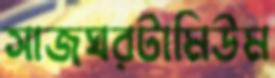
সাজঘরটামিউম